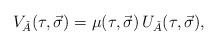
LaTeX: \begin{align*}V_{\check{A}}(\tau,\vec{\sigma}) = \mu(\tau,\vec{\sigma})\,U_{\check{A}}(\tau,\vec{\sigma}), \end{align*}